Source: Handwritten
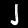
Digit: ၂ (2)